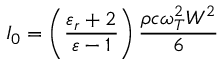
I _ { 0 } = \left( \frac { \varepsilon _ { r } + 2 } { \varepsilon - 1 } \right) \frac { \rho c \omega _ { T } ^ { 2 } W ^ { 2 } } { 6 }